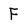
Character: F